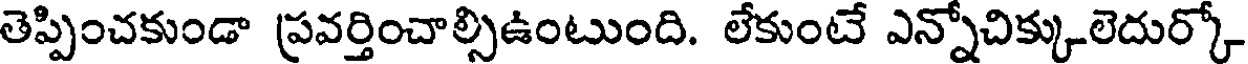
తెప్పించకుండా ప్రవర్తించాల్సిఉంటుంది. లేకుంటే ఎన్నోచిక్కులెదుర్కో